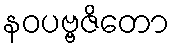
နဝပဗ္ဗဇိတော